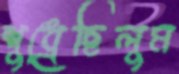
শুধ্‌রেছিলুম